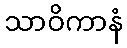
သာဝိကာနံ